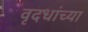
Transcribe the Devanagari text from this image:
वृदधांच्या